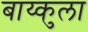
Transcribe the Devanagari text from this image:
बाय्कुला